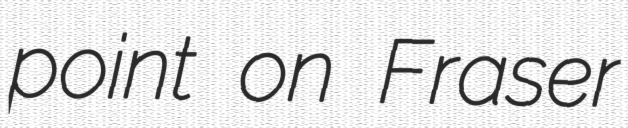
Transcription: point on Fraser